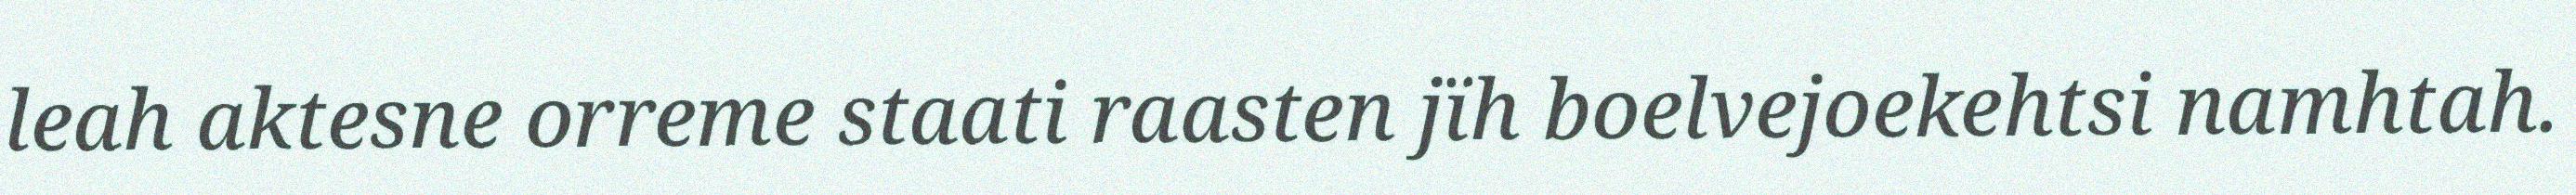
leah aktesne orreme staati raasten jïh boelvejoekehtsi namhtah.